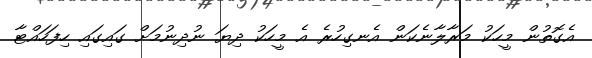
އެގޮތުން މީހަކު މަރާލާނެކަން އެނގިހުރެ އެ މީހަކު ދިޔަ ނުދިނުމަށް ގައިގައި ހިފަހައްޓާ